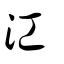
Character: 江